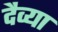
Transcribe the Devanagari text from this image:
दैव्या